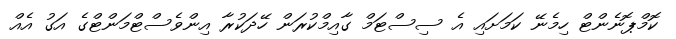
ކޮމްޕޮނެންޓް ހިމެނޭ ކަމަށައި އެ ސިސްޓަމް ގާއިމްކުރަން ހޭދަކުރާ އިންވެސްޓްމަންޓްގެ އަގު އެއް